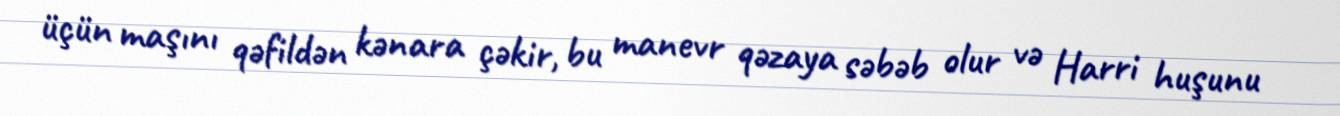
üçün maşını qəfildən kənara çəkir, bu manevr qəzaya səbəb olur və Harri huşunu